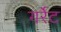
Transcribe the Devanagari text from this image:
गर्रेट